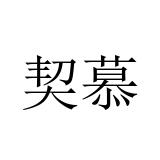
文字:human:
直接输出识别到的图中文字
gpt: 契慕